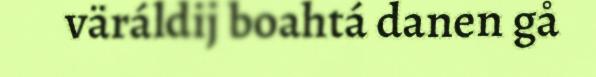
väráldij boahtá danen gå